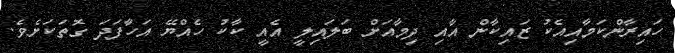
ހައިރާންކަމާއިއެކު ޒައިކާން އާއި ދިމާއަށް ބަލައިލީ އެއީ ކާކު ހެއްޔޭ އަހާަފަދަ ގޮތަކަށެވެ.